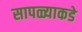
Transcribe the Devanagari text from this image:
सापळ्याकडे